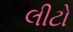
લીટો